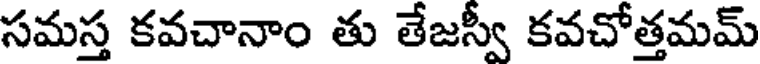
సమస్త కవచానాం తు తేజస్వీ కవచోత్తమమ్